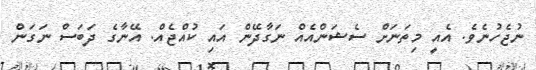
ނުޖެހުނެވެ. އެއީ މިތަނަށް ސެޝަންއެއް ނަގާދޭން އައި ކުއްޖެއް. އޭނާގެ ދަބަސް ނަގަން